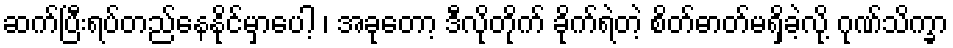
ဆက်ပြီးရပ်တည်နေနိုင်မှာပေါ့ ၊ အခုတော့ ဒီလိုတိုက် ခိုက်ရဲတဲ့ စိတ်ဓာတ်မရှိခဲ့လို့ ဂုဏ်သိက္ခာ